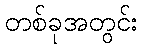
တစ်ခုအတွင်း